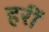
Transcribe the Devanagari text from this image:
हरीं